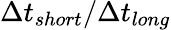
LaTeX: \Delta t_{short}/\Delta t_{long}